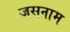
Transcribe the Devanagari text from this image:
जसनाम